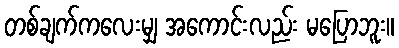
တစ်ချက်ကလေးမျှ အကောင်းလည်း မပြောဘူး။